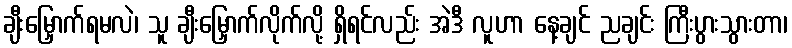
ချီးမြှောက်ရမလဲ၊ သူ ချီးမြှောက်လိုက်လို့ ရှိရင်လည်း အဲဒီ လူဟာ နေ့ချင် ညချင်း ကြီးပွားသွားတာ၊